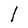
Character: l